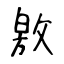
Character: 敫